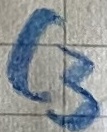
Text: C3